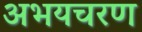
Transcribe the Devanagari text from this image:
अभयचरण